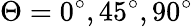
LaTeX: \Theta=0^{\circ},45^{\circ},90^{\circ}